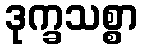
ဒုက္ခသစ္စာ